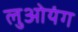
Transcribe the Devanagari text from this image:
लुओयंग